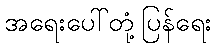
အရေးပေါ်တုံ့ပြန်ရေး